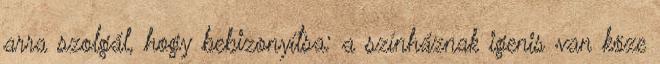
arra szolgál, hogy bebizonyítsa: a színháznak igenis van köze